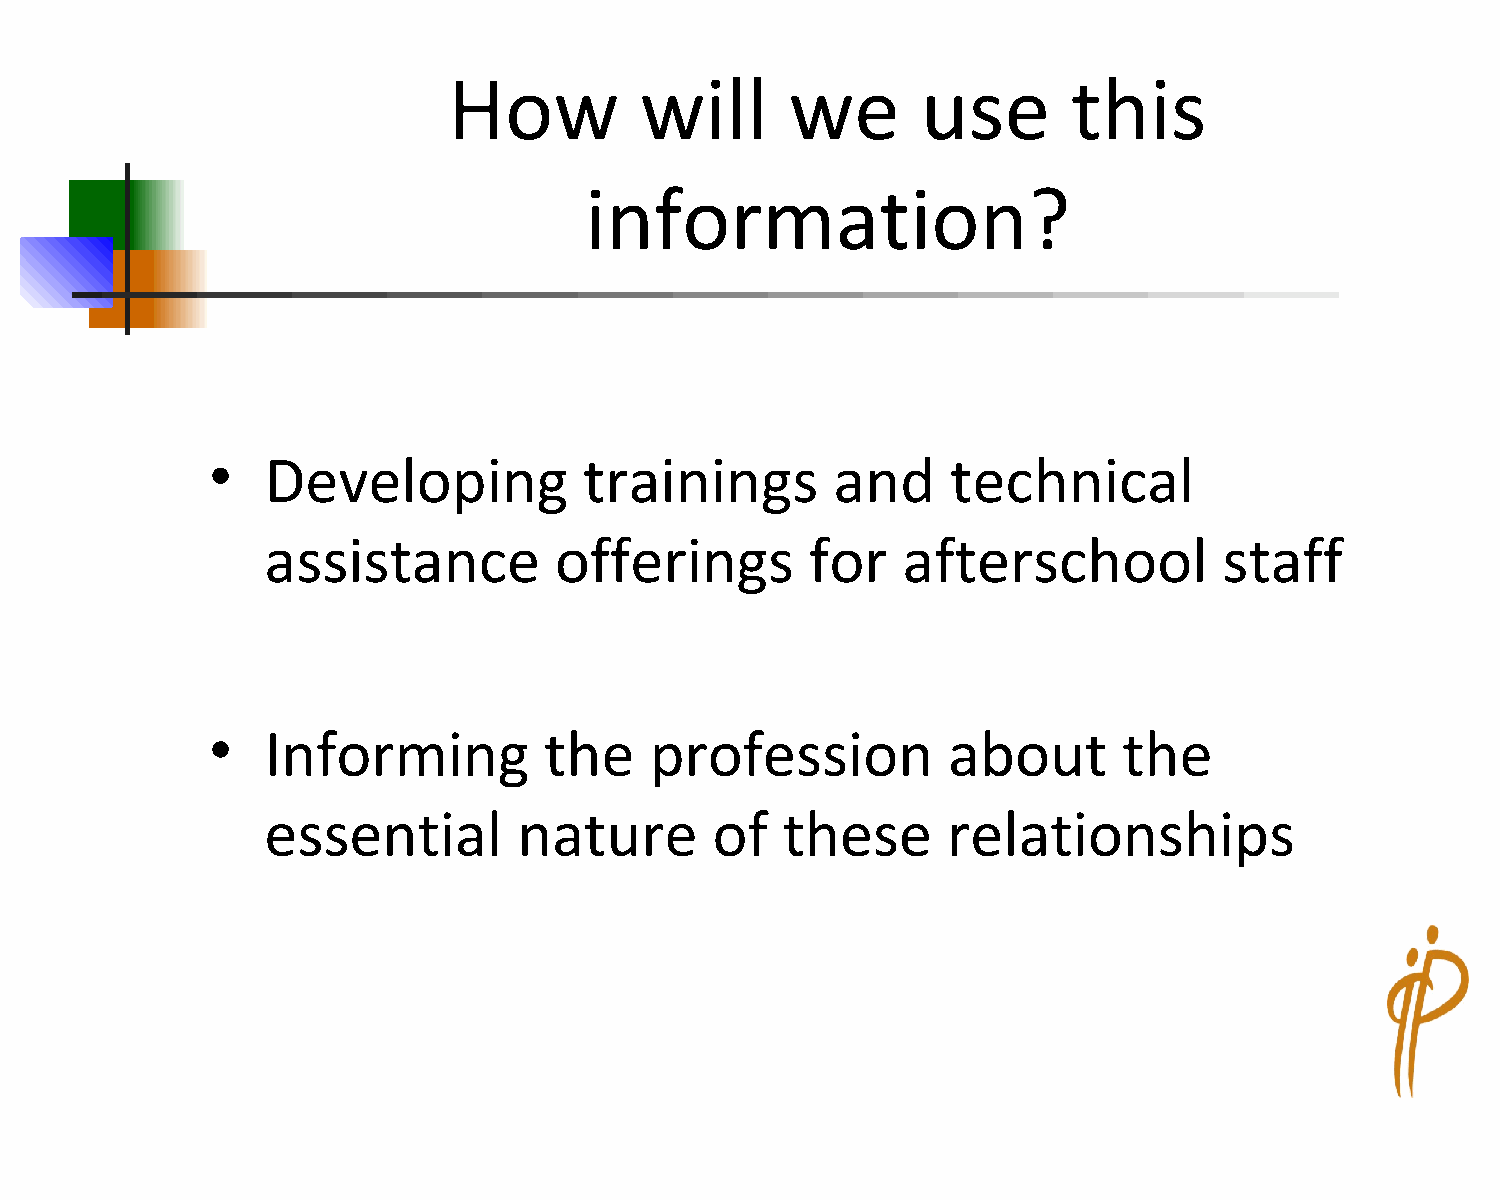
How         will      we       use       this
 information?
 •
 Developing           trainings       and     technical
 assistance         offerings        for   afterschool          staff
 •
 Informing         the    profession          about      the
 essential       nature       of   these      relationships